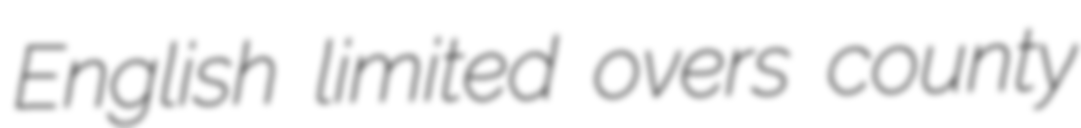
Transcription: English limited overs county